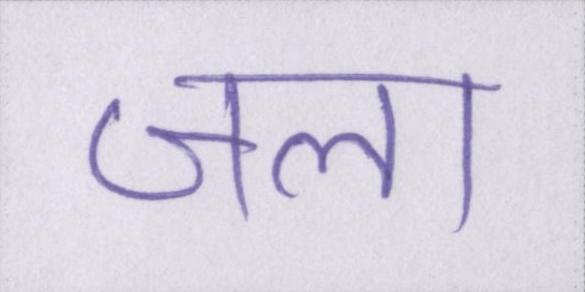
जला